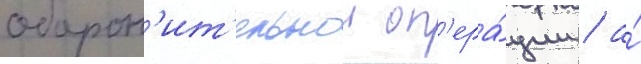
оборон'ит'ельнои оп'ера́ции / а́